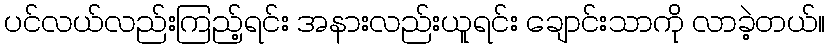
ပင်လယ်လည်းကြည့်ရင်း အနားလည်းယူရင်း ချောင်းသာကို လာခဲ့တယ်။